Vaccination in Burma 1920-1933 - 1920-1933
Year: 1920
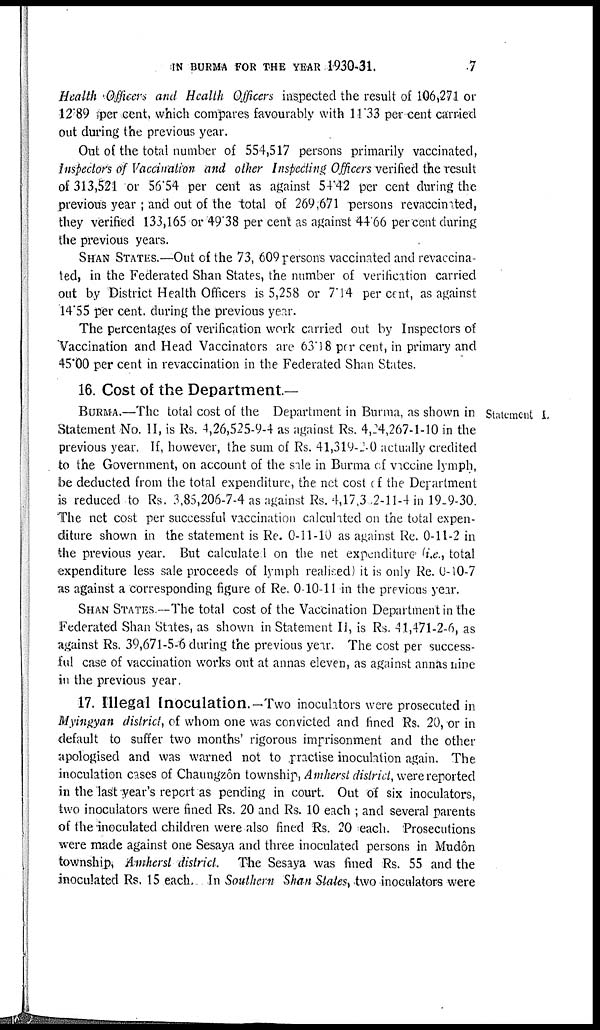
IN BURMA FOR THE YEAR 1930-31.
7
Health Officers and Health Officers inspected the result of 106,271 or
12.89 per cent. which compares favourably with 11.33 per cent carried
out during the previous year.
Out of the total number of 554,517 persons primarily vaccinated,
Inspectors of Vaccination and other Inspecting Officers verified the result
of 313,521 or 56.54 per cent as against 54.42 per cent during the
previous year ; and out of the total of 269,671 persons revaccinated,
they verified 133,165 or 49.38 per cent as against 44.66 per cent during
the previous years.
SHAN STATES.—Out of the 73, 609 persons vaccinated and revaccina¬
ted, in the Federated Shan States, the number of verification carried
out by District Health Officers is 5,258 or 7.14 per cent, as against
14.55 per cent. during the previous year.
The percentages of verification work carried out by Inspectors of
Vaccination and Head Vaccinators are 63.18 per cent, in primary and
45.00 per cent in revaccination in the Federated Shan States.
Statement I.
16. Cost of the Department.—
BURMA.—The total cost of the Department in Burma, as shown in
Statement No. II, is Rs. 4,26,525-9-4 as against Rs. 4,24,267-1-10 in the
previous year. If, however, the sum of Rs. 41,319-2-0 actually credited
to the Government, on account of the sale in Burma of vaccine lymph,
be deducted from the total expenditure, the net cost of the Department
is reduced to Rs. 3,85,206-7-4 as against Rs. 4,17,302-11-4 in 19-9-30.
The net cost per successful vaccination calculated on the total expen-
diture shown in the statement is Re. 0-11-10 as against Re. 0-11-2 in
the previous year. But calculated on the net expenditure (i.e., total
expenditure less sale proceeds of lymph realised) it is only Re. 0-10-7
as against a corresponding figure of Re. 0-10-11 in the previous year.
SHAN STATES.—The total cost of the Vaccination Department in the
Federated Shan States, as shown in Statement II, is Rs. 41,471-2-6, as
against Rs. 39,671-5-6 during the previous year. The cost per success-
ful case of vaccination works out at annas eleven, as against annas nine
in the previous year.
17. Illegal Inoculation.—Two inoculators were prosecuted in
Myingyan district, of whom one was convicted and fined Rs. 20, or in
default to suffer two months' rigorous imprisonment and the other
apologised and was warned not to practise inoculation again. The
inoculation cases of Chaungzôn township, Amherst district, were reported
in the last year's report as pending in court. Out of six inoculators,
two inoculators were fined Rs. 20 and Rs. 10 each ; and several parents
of the inoculated children were also fined Rs. 20 each. Prosecutions
were made against one Sesaya and three inoculated persons in Mudôn
township, Amherst district. The Sesaya was fined Rs. 55 and the
inoculated Rs. 15 each. In Southern Shan States, two inoculators were